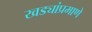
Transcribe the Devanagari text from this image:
खड्यांप्रमाणे